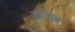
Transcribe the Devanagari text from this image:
जाघव